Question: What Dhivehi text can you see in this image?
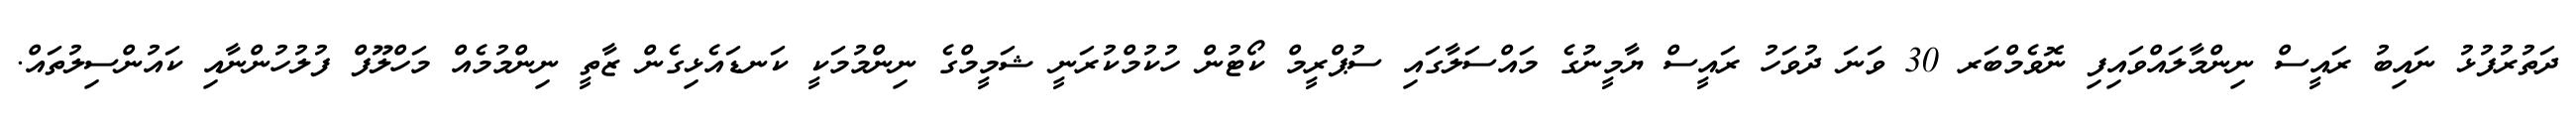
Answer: ދަތުރުފުޅު ނައިބު ރައީސް ނިންމާލައްވައިފި ނޮވެމްބަރ 30 ވަނަ ދުވަހު ރައީސް ޔާމީނުގެ މައްސަލާގައި ސުޕްރީމް ކޯޓުން ހުކުމްކުރަނީ ޝަމީމްގެ ނިންމުމަކީ ކަނޑައެޅިގެން ޒާތީ ނިންމުމެއް މަހްލޫފް ފުލުހުންނާއި ކައުންސިލުތައް.